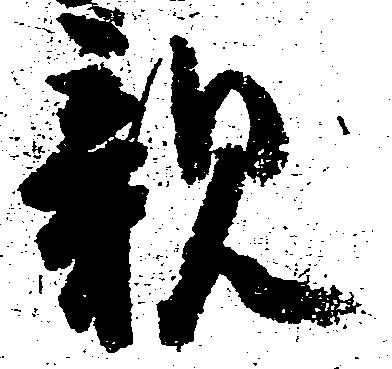
親